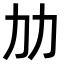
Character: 𠠴